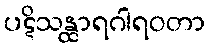
ပဋိသန္ထာရဂါရဝတာ